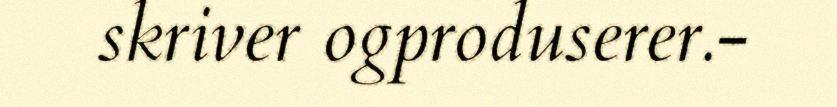
skriver ogproduserer.-